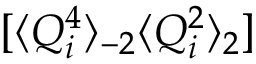
[ \langle Q _ { i } ^ { 4 } \rangle _ { - 2 } \langle Q _ { i } ^ { 2 } \rangle _ { 2 } ]